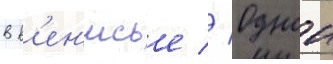
в в'ен'исье // Однои